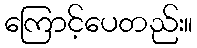
ကြောင့်ပေတည်း။